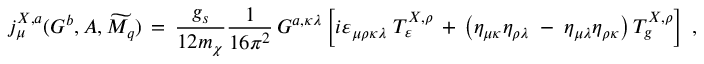
j _ { \mu } ^ { X , a } ( G ^ { b } , { \cal { A } } , \widetilde { { \cal { M } } _ { q } } ) \, = \, \frac { g _ { s } } { 1 2 m _ { \chi } } \frac { 1 } { 1 6 \pi ^ { 2 } } \, G ^ { a , \kappa \lambda } \left[ i \varepsilon _ { \mu \rho \kappa \lambda } \; T _ { \varepsilon } ^ { X , \rho } \, + \, \left( \eta _ { \mu \kappa } \eta _ { \rho \lambda } \; - \; \eta _ { \mu \lambda } \eta _ { \rho \kappa } \right) T _ { g } ^ { X , \rho } \right] \; ,